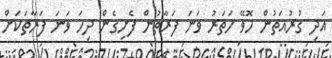
އަދި ގުރުއަތުން ހޮވޭ ހަތަރު ވަނަ ފަރާތުން ފެށިގެން ދިހަ ވަނަ ފަރާތަކަށް